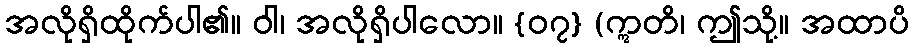
အလိုရှိထိုက်ပါ၏။ ဝါ၊ အလိုရှိပါလော။ {၀၇} (ဣတိ၊ ဤသို့။ အထာပိ